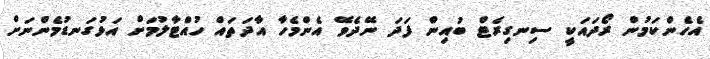
އެހެންކަމުން ރޯދައަކީ ސިނގިރެޓް ބުއިން ފަދަ ނޭދެވޭ އެންމެހާ އާދަތައް ހުއްޓާލުމަށް އަޅުގަނޑުމެންނަށް